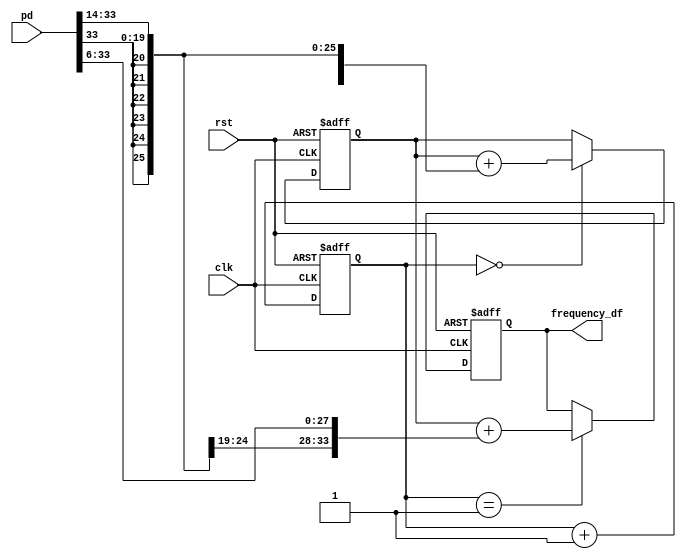
//LoopFilter.v
module LoopFilter (
	rst,clk,pd,
	frequency_df); 
	
	input		rst;   //
	input		clk;   //FPGA8MHz
	input	 signed [33:0]	pd;            //8MHz
	output signed [33:0]	frequency_df;  //
	
	
   reg [2:0] count;
	reg signed [33:0] sum,loopout;
	always @(posedge clk or posedge rst)
		if (rst)
		   begin
				count <= 3'd0;
				sum <= 34'd0;
				loopout <= 34'd0;
			end
		else
			begin
				//8CLK
				count <= count + 3'd1;
			   //
				if (count==3'd0)
				   //c2=2^(-14)
			      sum<=sum+{{14{pd[33]}},pd[33:14]};
 			   if (count==3'd1)
				   //c1=2^(-6)
				   loopout<=sum+{{6{pd[33]}},pd[33:6]};
			  end
			  
     assign frequency_df = loopout;

endmodule